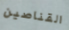
القناصين